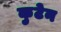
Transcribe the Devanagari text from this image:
कुटेन